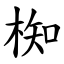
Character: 椥